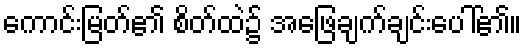
ကောင်းမြတ်၏ စိတ်ထဲ၌ အဖြေချက်ချင်းပေါ်၏။